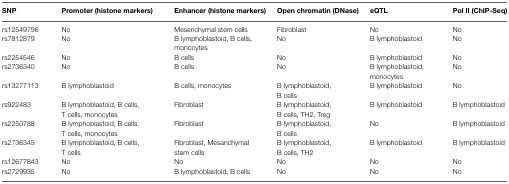
| SNP | Promoter (histone markers) | Enhancer (histone markers) | Open chromatin (DNase) | eQTL | Pol II (ChIP-Seq) |
 | --- | --- | --- | --- | --- | --- |
 | rs12549796 | No | Mesenchymal stem cells | Fibroblast | No | No |
 | rs7812879 | No | B lymphoblastoid, B cells, monocytes | No | B lymphoblastoid | No |
 | rs2254546 | No | B cells | No | B lymphoblastoid | No |
 | rs2736340 | No | B cells | No | B lymphoblastoid, monocytes | No |
 | rs13277113 | B lymphoblastoid | B cells, monocytes | B lymphoblastoid, B cells | B lymphoblastoid | No |
 | rs922483 | B lymphoblastoid, B cells, T cells, monocytes | Fibroblast | B lymphoblastoid, B cells, TH2, Treg | B lymphoblastoid | B lymphoblastoid |
 | rs2250788 | B lymphoblastoid, B cells, T cells, monocytes | Fibroblast | B lymphoblastoid, B cells | No | B lymphoblastoid |
 | rs2736345 | B lymphoblastoid, B cells, T cells | Fibroblast, Mesanchymal stem cells | B lymphoblastoid, B cells, TH2 | B lymphoblastoid | B lymphoblastoid |
 | rs12677843 | No | No | No | No | No |
 | rs2729935 | No | B lymphoblastoid, B cells | No | No | No |